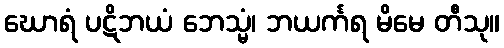
ဃောရံ ပဋိဘယံ ဘေသ္မံ၊ ဘယင်္ကရ မိမေ တီသု။